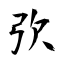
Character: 弞